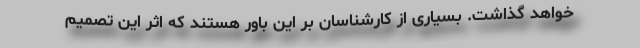
خواهد گذاشت. بسیاری از کارشناسان بر این باور هستند که اثر این تصمیم